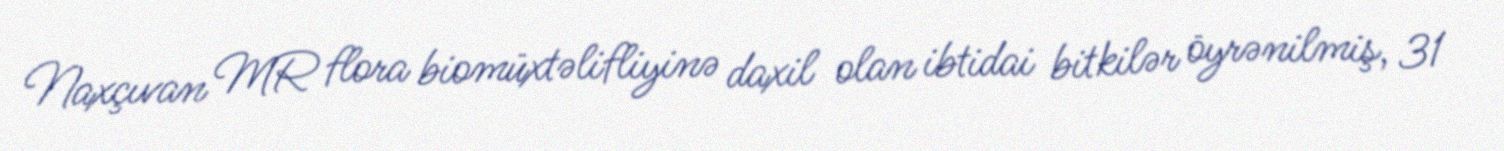
Naxçıvan MR flora biomüxtəlifliyinə daxil olan ibtidai bitkilər öyrənilmiş, 31